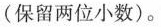
(保留两位小数)。